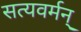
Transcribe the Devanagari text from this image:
सत्यवर्मन्